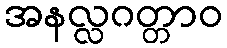
အနလ္လဂတ္တာဝ